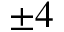
\pm 4